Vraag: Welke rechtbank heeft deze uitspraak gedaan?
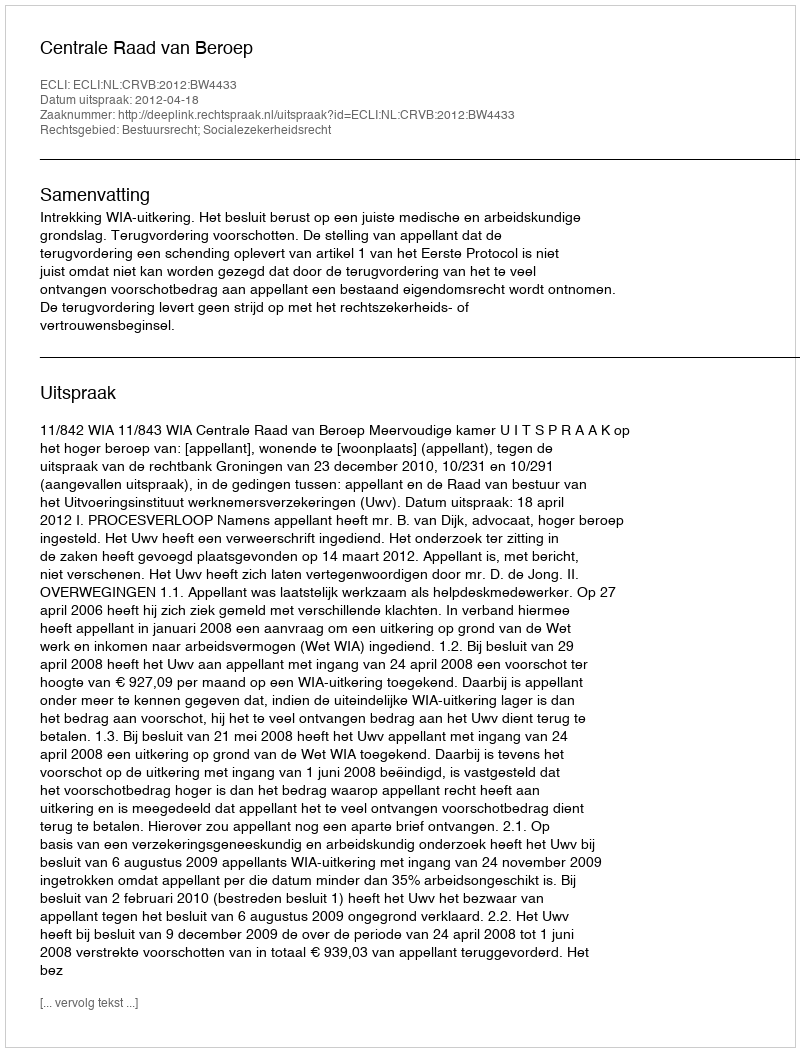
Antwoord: Centrale Raad van Beroep